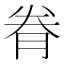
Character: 𮌐